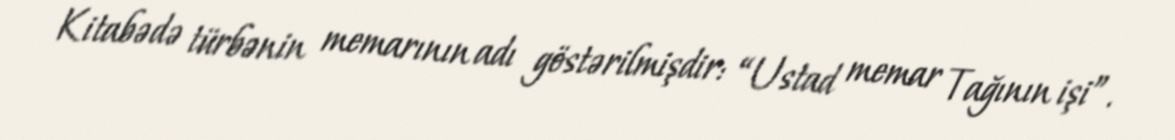
Kitabədə türbənin memarının adı göstərilmişdir: “Ustad memar Tağının işi”.